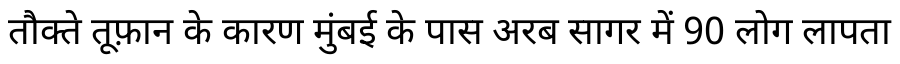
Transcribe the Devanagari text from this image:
तौक्ते तूफ़ान के कारण मुंबई के पास अरब सागर में 90 लोग लापता